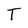
Character: T